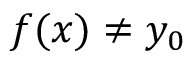
f ( x ) \neq y _ { 0 }